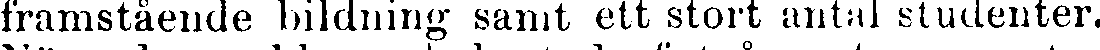
framstående bildning samt ett stort antal studenter.